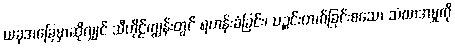
ယခုအခြေမှာဆိုလျှင် သီဟိုဠ်ကျွန်းတွင် ရဟန်းခံခြင်း၊ ပဉ္စင်းတက်ခြင်းစသော သံဃာအမှုကို